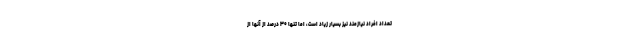
تعداد افراد نیازمند نیز بسیار زیاد است، اما تنها ۳۰ درصد از آنها از